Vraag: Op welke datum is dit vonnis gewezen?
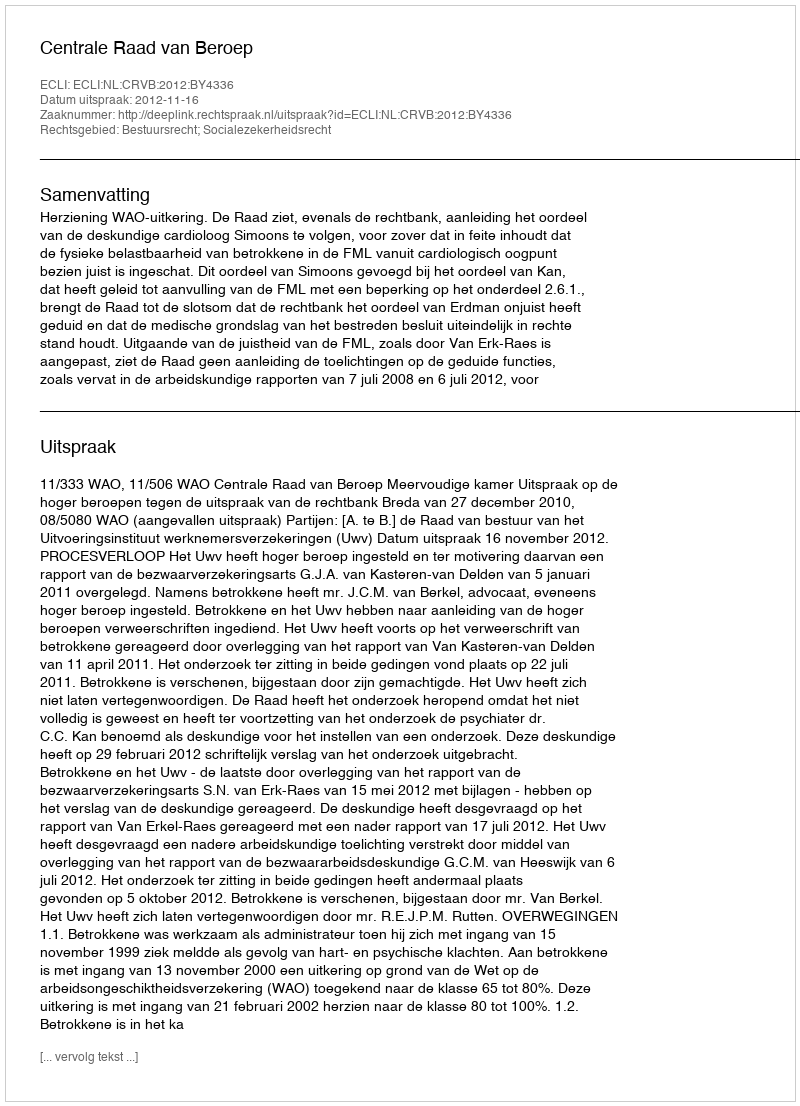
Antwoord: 2012-11-16